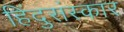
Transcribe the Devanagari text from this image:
हिंदुसंस्कार